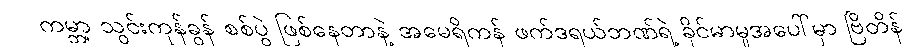
ကမ္ဘာ့ သွင်းကုန်ခွန် စစ်ပွဲ ဖြစ်နေတာနဲ့ အမေရိကန် ဖက်ဒရယ်ဘဏ်ရဲ့ ခိုင်မာမှုအပေါ်မှာ ဗြိတိန်